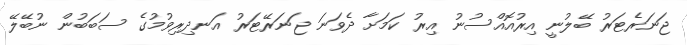
ޖަނަރެޓަރު ބޭލުނީ އިރުއޮއްސުނު އިރު ކަމަށާ ދެވަނަ ޖަނަރޭޓަރު އަނދިރިވުމުގެ ސަބަބުން ނުބޭލޭ